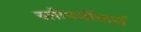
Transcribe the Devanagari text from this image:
स्लीपवॉकर्स